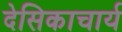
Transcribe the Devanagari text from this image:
देसिकाचार्य